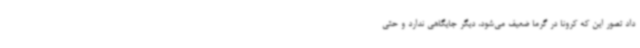
داد تصور این که کرونا در گرما ضعیف می‌شود، دیگر جایگاهی ندارد و حتی